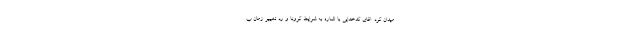
میدان کرد. اقای کدخدایی با اشاره به شرایط کرونا و رد تغییر زمان ب